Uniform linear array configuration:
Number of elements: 12
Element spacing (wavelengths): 0.25
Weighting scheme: kaiser
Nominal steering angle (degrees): -60
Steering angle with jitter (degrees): -58.045
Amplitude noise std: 0.05
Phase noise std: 0.05

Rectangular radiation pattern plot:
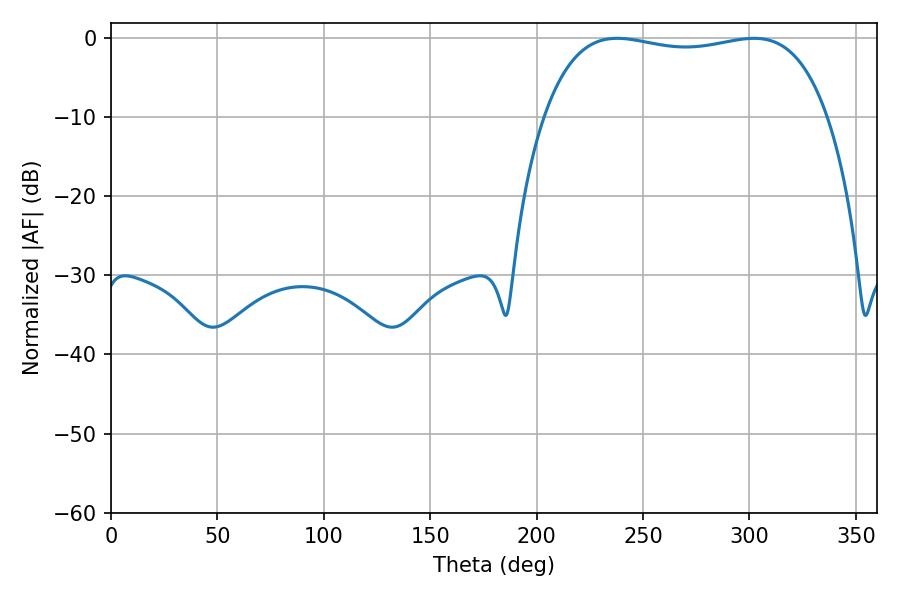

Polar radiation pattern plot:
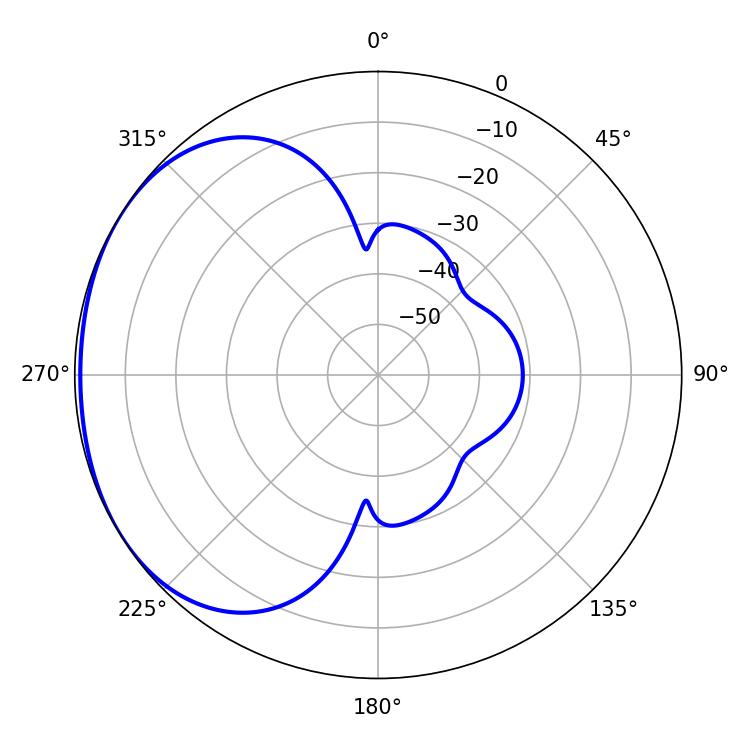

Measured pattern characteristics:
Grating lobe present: FALSE
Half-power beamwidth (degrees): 107.28
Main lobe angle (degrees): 237.78